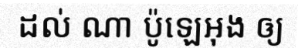
ដល់ ណា ប៉ូឡេអុង ឲ្យ